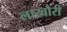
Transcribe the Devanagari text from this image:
लाखौरी